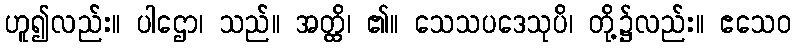
ဟူ၍လည်း။ ပါဌော၊ သည်။ အတ္ထိ၊ ၏။ သေသပဒေသုပိ၊ တို့၌လည်း။ ဧသေဝ